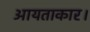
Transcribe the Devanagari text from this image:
आयताकार।